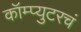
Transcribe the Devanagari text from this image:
कॉम्प्युटरचं